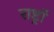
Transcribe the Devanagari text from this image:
राष्ट्रॉ